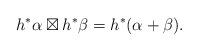
LaTeX: \begin{align*}h^*\alpha\boxtimes h^*\beta=h^*(\alpha+\beta).\end{align*}